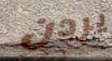
يردن